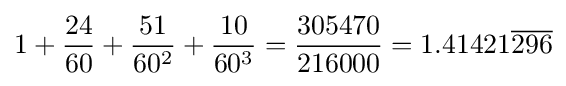
1+{\frac {24}{60}}+{\frac {51}{60^{2}}}+{\frac {10}{60^{3}}}={\frac {305470}{216000}}=1.41421{\overline {296}}